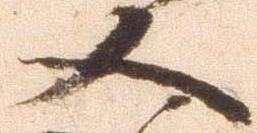
又